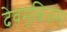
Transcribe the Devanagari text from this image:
देवमृत्विजम्‌।